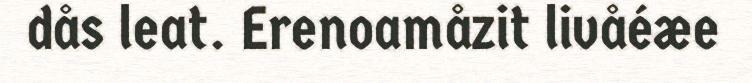
dås leat. Erenoamåzit livåéæe